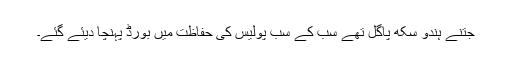
جتنے ہندو سِکھ پاگل تھے سب کے سب پولیس کی حفاظت میں بورڈ پہنچا دیئے گئے۔